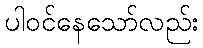
ပါဝင်နေသော်လည်း